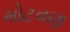
મોટવણ